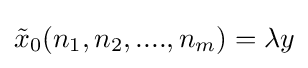
{\tilde {x}}_{0}(n_{1},n_{2},....,n_{m})=\lambda y